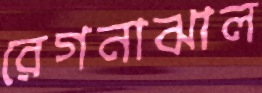
রেগনাঝাল